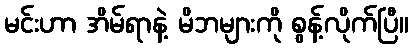
မင်းဟာ အိမ်ရာနဲ့ မိဘများကို စွန့်လိုက်ပြီ။